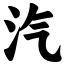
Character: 汽